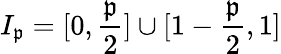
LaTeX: I_{\mathfrak{p}}=[0,\frac{{\mathfrak{p}}}{{2}}]\cup[1-\frac{{\mathfrak{p}}}{{2}},1]